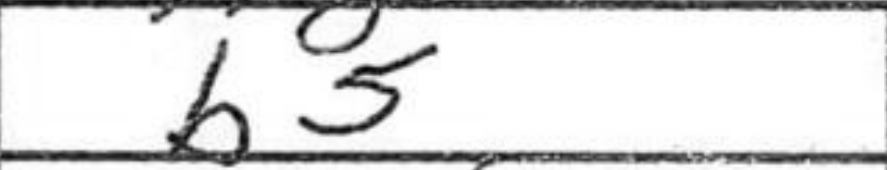
Transcription: b5